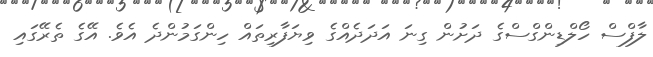
ލާފްސް ހޯލްޑިންގްސްގެ ދަށުން ގިނަ އަދަދެއްގެ ވިޔަފާރިތައް ހިންގަމުންދެ އެވެ. އޭގެ ތެރޭގައި